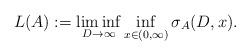
LaTeX: \begin{align*}L(A) := \liminf_{D \rightarrow \infty} \inf_{x \in (0,\infty)} \sigma_A(D,x).\end{align*}